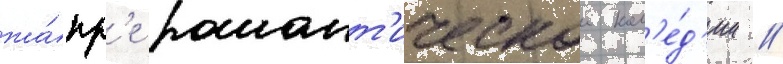
жа́нр'е романт'ическои ком'е́д'ии /